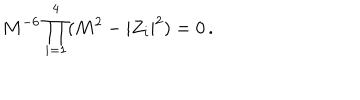
M ^ { - 6 } \prod _ { i = 1 } ^ { 4 } ( M ^ { 2 } - | Z _ { i } | ^ { 2 } ) = 0 \, .